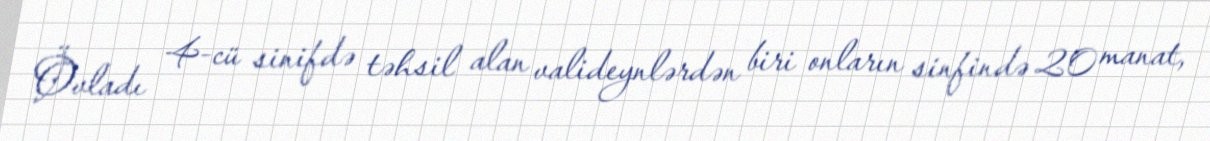
Övladı 4-cü sinifdə təhsil alan valideynlərdən biri onların sinfində 20 manat,